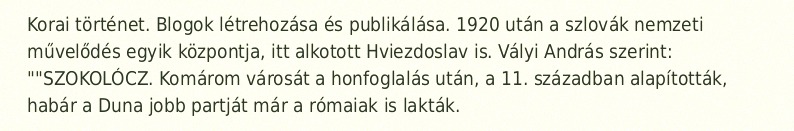
Korai történet. Blogok létrehozása és publikálása. 1920 után a szlovák nemzeti művelődés egyik központja, itt alkotott Hviezdoslav is. Vályi András szerint: ""SZOKOLÓCZ. Komárom városát a honfoglalás után, a 11. században alapították, habár a Duna jobb partját már a rómaiak is lakták.